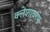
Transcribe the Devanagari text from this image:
क्लेशावरण